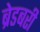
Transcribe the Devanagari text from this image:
ब्रेडबरी